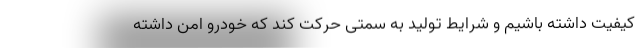
کیفیت داشته باشیم و شرایط تولید به سمتی حرکت کند که خودرو امن داشته